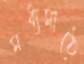
মধ্যমাঠে